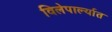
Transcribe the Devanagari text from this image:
विलेपार्ल्यात